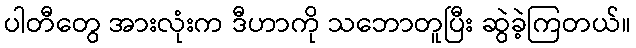
ပါတီတွေ အားလုံးက ဒီဟာကို သဘောတူပြီး ဆွဲခဲ့ကြတယ်။